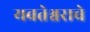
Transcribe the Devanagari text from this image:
यवतेश्वराचे